Report on horse surra - Volume II, Part II
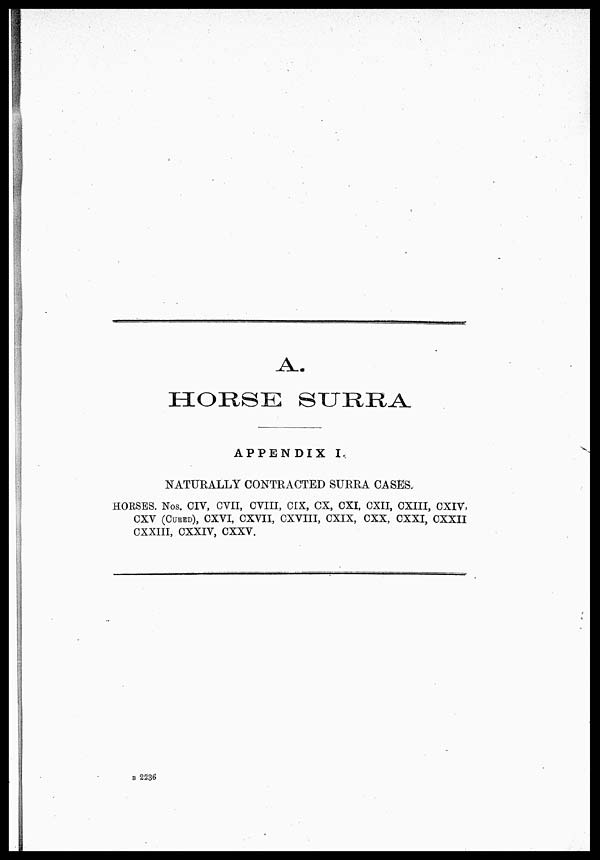
HORSE SURRA
APPENDIX I.
NATURALLY CONTRACTED SURRA CASES.
HORSES. Nos. CIV, OVII, CVIII, CIX, CX, CXI, CXII, CXIII, CXIV,
CXV (CURED), CXVI, CXVII, CXVIII, CXIX, CXX, CXXI, CXXII
CXXIII, CXXIV, CXXV.